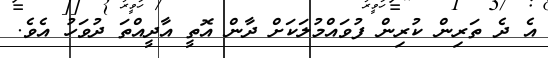
އެ ދެ ތަރިން ކުރިން ފުވައްމުލަކަށް ދާން އޮތީ އާދީއްތަ ދުވަހު އެވެ.